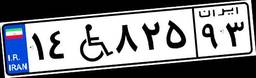
۱۴W۸۲۵۹۳